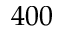
4 0 0